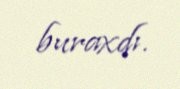
buraxdı.